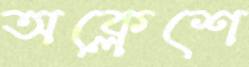
অক্লেশে